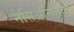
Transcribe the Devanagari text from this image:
नेसिऑनलके